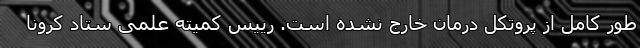
طور کامل از پروتکل درمان خارج نشده است. رییس کمیته علمی ستاد کرونا